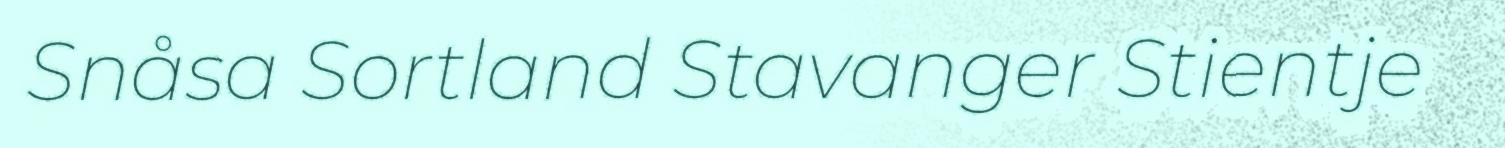
Snåsa Sortland Stavanger Stientje